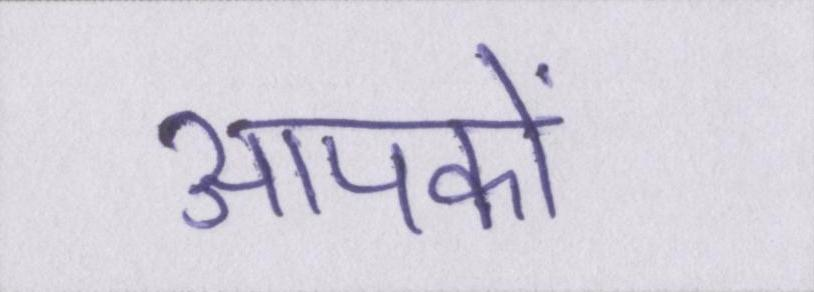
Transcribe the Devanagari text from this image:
आपकों